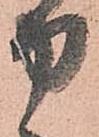
力